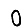
Digit: 0